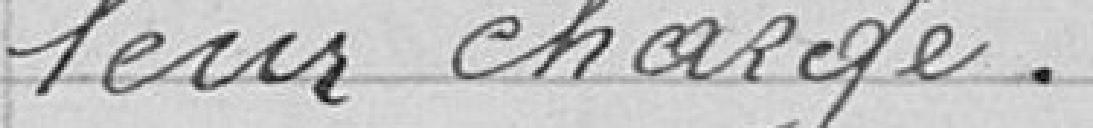
leur charge.